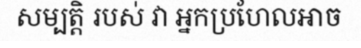
សម្បត្តិ របស់ វា អ្នកប្រហែលអាច